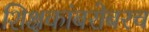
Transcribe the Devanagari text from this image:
शिक्षकांबरोबरच